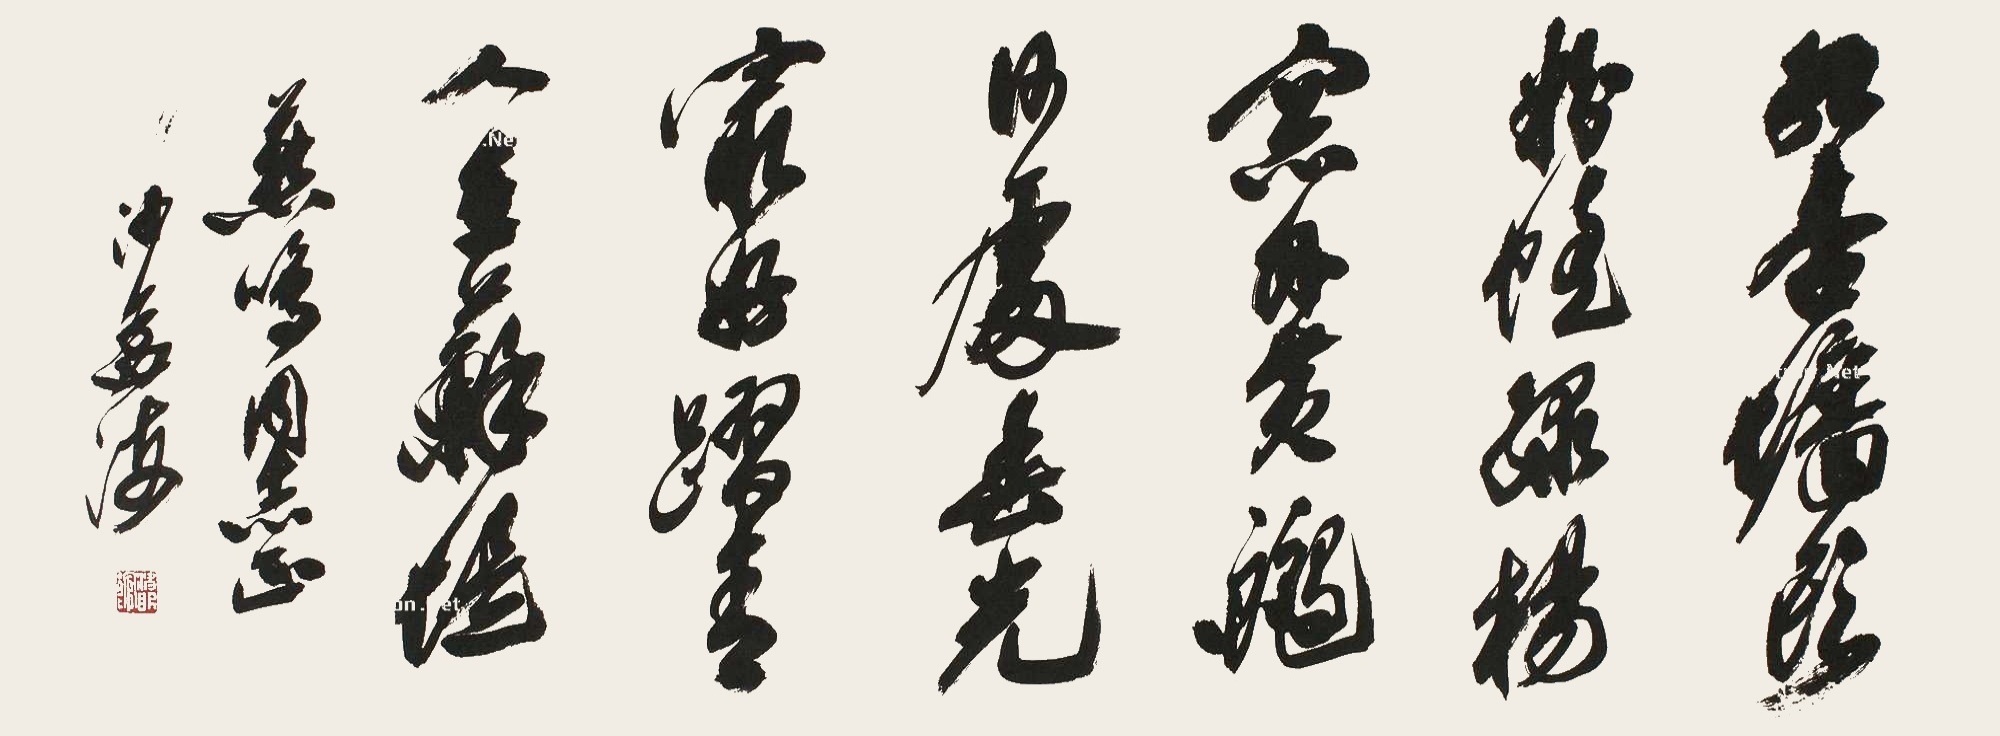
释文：红杏墙头粉蝗，绿杨窗外黄鹂。何处春光最好，蹋青人在苏堤。燕鸣同志正，沙孟海。